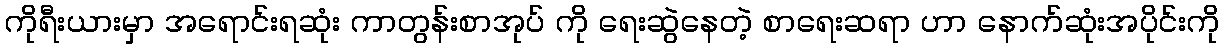
ကိုရီးယားမှာ အရောင်းရဆုံး ကာတွန်းစာအုပ် ကို ရေးဆွဲနေတဲ့ စာရေးဆရာ ဟာ နောက်ဆုံးအပိုင်းကို